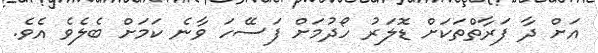
އަށް ދާ ފަރާތްތަކަށް ޑޮލަރު ހޯދުމަށް ފަސޭހަ ވާނެ ކަމަށް ބެލެވެ އެވެ.